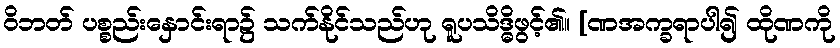
ဝိဘတ် ပစ္စည်းနှောင်းရာ၌ သက်နိုင်သည်ဟု ရူပသိဒ္ဓိဖွင့်၏။ [ဏအက္ခရာပါ၍ ထိုဏကို